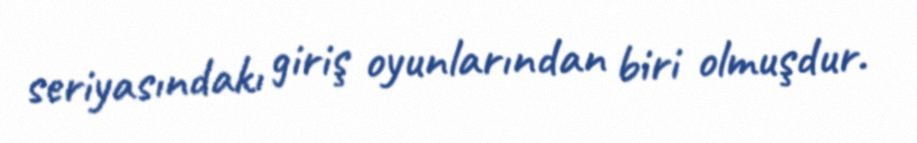
seriyasındakı giriş oyunlarından biri olmuşdur.